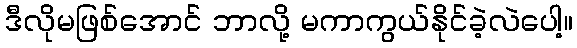
ဒီလိုမဖြစ်အောင် ဘာလို့ မကာကွယ်နိုင်ခဲ့လဲပေါ့။